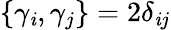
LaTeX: \{ \gamma_{\mathit{i}},\gamma_{j}\} =2\delta_{\mathit{i}j}